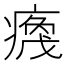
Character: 𬏻